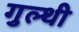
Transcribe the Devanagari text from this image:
गुल्थी